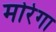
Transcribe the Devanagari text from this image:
मोरेगा